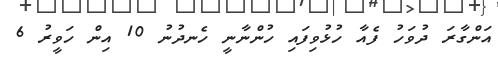
އަންގާރަ ދުވަހު ފެއާ ހުޅުވިފައި ހުންނާނީ ހެނދުނު 10 އިން ހަވީރު 6